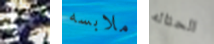
سوق ملابسه الحثاله